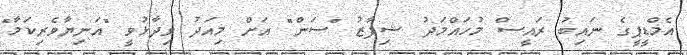
އެމްޑީޕީގެ ނައިބު ރައީސް މުހައްމަދު ޝިފާޒު "ސަން" އަށް މިއަދު ވިދާޅުވީ "އަނިޔާވެރިކަމާ"